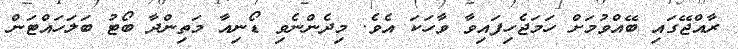
ރާއްޖޭގައި ބޭއްވުމަށް ހަމަޖެހިފައިވާ ވާހަކަ އެވެ. މިދެންނެވި ޑޯނިއާ މަތިންދާ ބޯޓު ބަލަހައްޓަން